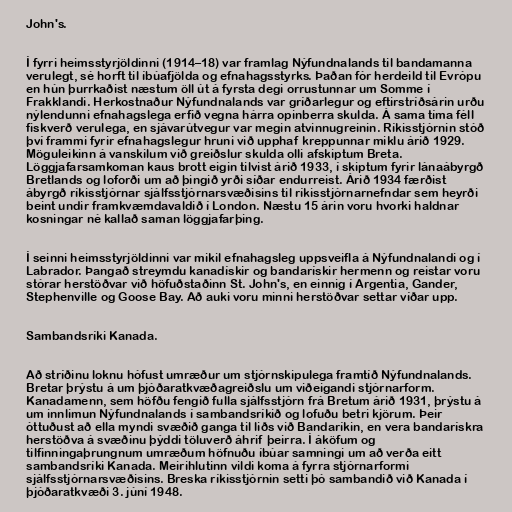
John's.

Í fyrri heimsstyrjöldinni (1914–18) var framlag Nýfundnalands til bandamanna
verulegt, sé horft til íbúafjölda og efnahagsstyrks. Þaðan fór herdeild til Evrópu
en hún þurrkaðist næstum öll út á fyrsta degi orrustunnar um Somme í
Frakklandi. Herkostnaður Nýfundnalands var gríðarlegur og eftirstríðsárin urðu
nýlendunni efnahagslega erfið vegna hárra opinberra skulda. Á sama tíma féll
fiskverð verulega, en sjávarútvegur var megin atvinnugreinin. Ríkisstjórnin stóð
því frammi fyrir efnahagslegur hruni við upphaf kreppunnar miklu árið 1929.
Möguleikinn á vanskilum við greiðslur skulda olli afskiptum Breta.
Löggjafarsamkoman kaus brott eigin tilvist árið 1933, í skiptum fyrir lánaábyrgð
Bretlands og loforði um að þingið yrði síðar endurreist. Árið 1934 færðist
ábyrgð ríkisstjórnar sjálfsstjórnarsvæðisins til ríkisstjórnarnefndar sem heyrði
beint undir framkvæmdavaldið í London. Næstu 15 árin voru hvorki haldnar
kosningar né kallað saman löggjafarþing.

Í seinni heimsstyrjöldinni var mikil efnahagsleg uppsveifla á Nýfundnalandi og í
Labrador. Þangað streymdu kanadískir og bandarískir hermenn og reistar voru
stórar herstöðvar við höfuðstaðinn St. John's, en einnig í Argentia, Gander,
Stephenville og Goose Bay. Að auki voru minni herstöðvar settar víðar upp.

Sambandsríki Kanada.

Að stríðinu loknu hófust umræður um stjórnskipulega framtíð Nýfundnalands.
Bretar þrýstu á um þjóðaratkvæðagreiðslu um viðeigandi stjórnarform.
Kanadamenn, sem höfðu fengið fulla sjálfsstjórn frá Bretum árið 1931, þrýstu á
um innlimun Nýfundnalands í sambandsríkið og lofuðu betri kjörum. Þeir
óttuðust að ella myndi svæðið ganga til liðs við Bandaríkin, en vera bandarískra
herstöðva á svæðinu þýddi töluverð áhrif þeirra. Í áköfum og
tilfinningaþrungnum umræðum höfnuðu íbúar samningi um að verða eitt
sambandsríki Kanada. Meirihlutinn vildi koma á fyrra stjórnarformi
sjálfsstjórnarsvæðisins. Breska ríkisstjórnin setti þó sambandið við Kanada í
þjóðaratkvæði 3. júní 1948.